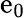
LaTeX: \mathrm{e}_{0}